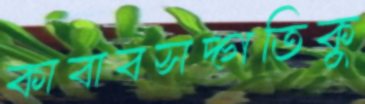
কাবাবসদ্গতিকু